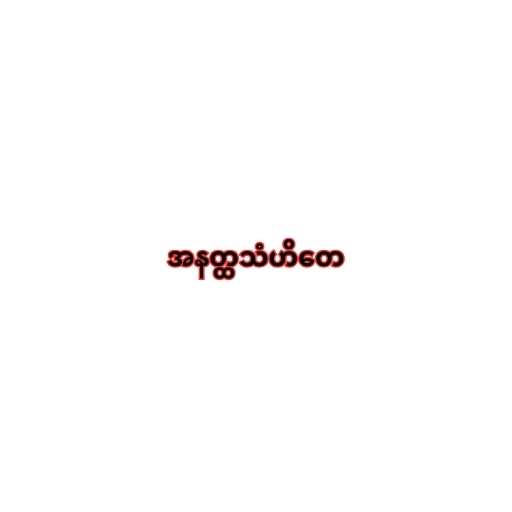
အနတ္ထသံဟိတေ